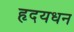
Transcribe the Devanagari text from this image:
हृदयधन